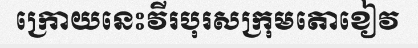
ក្រោយនេះវីរបុរសក្រុមតោខៀវ